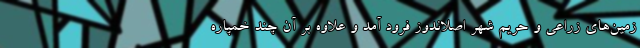
زمین‌های زراعی و حریم شهر اصلاندوز فرود آمد و علاوه بر آن چند خمپاره